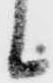
候